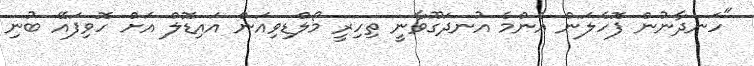
"ހަނދާނުން ފޮހެލަން އެންމެ އުނދަގޫވާނީ ތިހިރީ މޯލްޑިވިއަން އައިޑޮލް އަށް ހޮވިފައޭ ބުނި